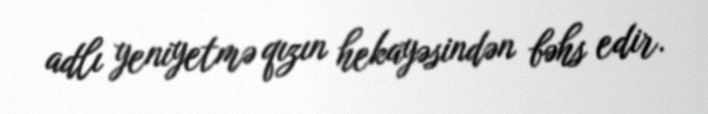
adlı yeniyetmə qızın hekayəsindən bəhs edir.